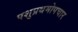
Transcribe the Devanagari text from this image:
पशुप्रथमोपचार